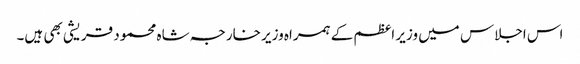
اس اجلاس میں وزیر اعظم کے ہمراہ وزیر خارجہ شاہ محمود قریشی بھی ہیں۔